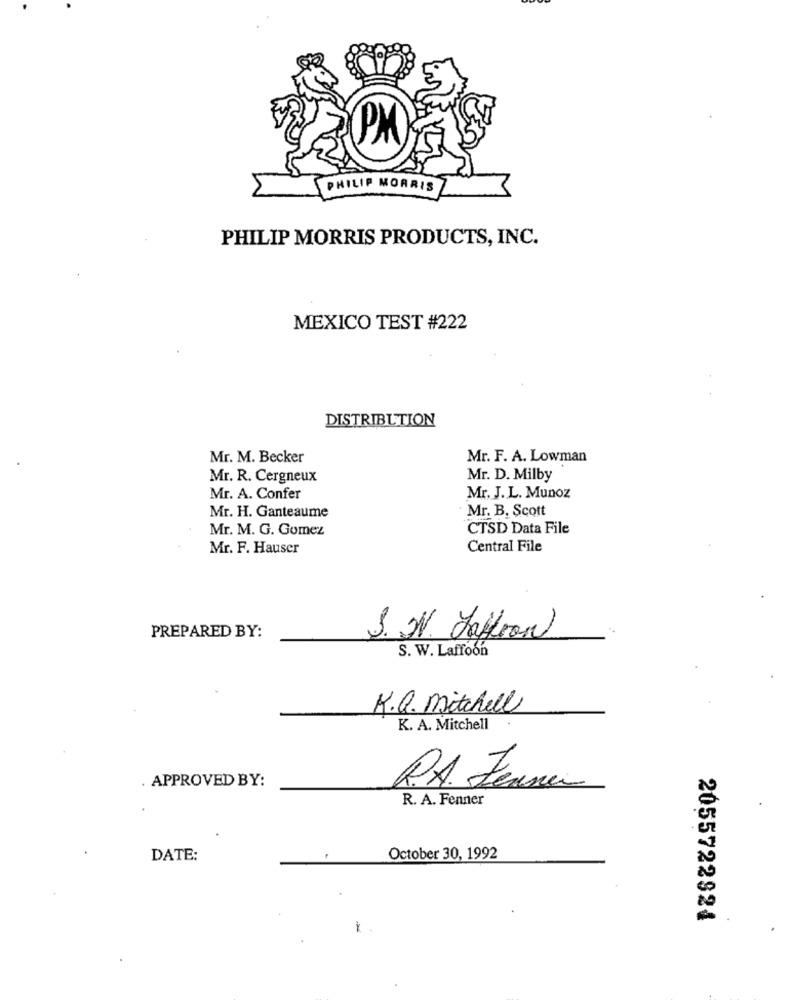
PM
PHILIP MORRIS
PHILIP MORRIS PRODUCTS, INC.
MEXICO TEST #222
DISTRIBUTION
Mr. M. Becker
Mr. F. A. Lowman
Mr. R. Cergneux
Mr. D. Milby
Mr. A. Confer
Mr. J.L. Munoz
Mr. B. Scott
Mr. H. Ganteaume
Mr. M. G. Gomez
CTSD Data File
Mr. F. Hauser
Central File
PREPARED BY:
S. V. Laffeon
S. W. Laffoon
K.Q. Mitchell
K. A. Mitchell
. APPROVED BY:
R.A. Zenner
R. A. Fenner
DATE:
October 30, 1992
2055722924
-